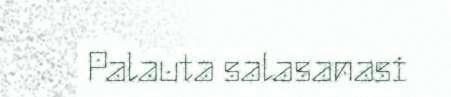
Palauta salasanasi